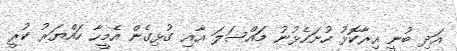
އަދި ބުނީ އިރާކޮޅު ހުށަހެޅުނު މައްސަލަ އާއި ގުޅިގެން އެމީހާ ހައްޔަރު ކުރީ